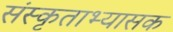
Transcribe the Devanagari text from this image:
संस्कृताभ्यासक